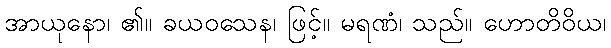
အာယုနော၊ ၏။ ခယဝသေန၊ ဖြင့်။ မရဏံ၊ သည်။ ဟောတိဝိယ၊